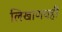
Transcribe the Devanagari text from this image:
लिखाणवही